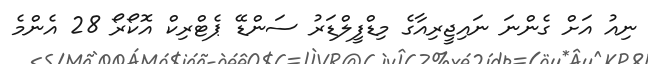
ނިއު އަށް ގެންނަ ނައިޖީރިއާގެ މިޑްފީލްޑަރު ސަންޑޭ ޕެޓްރިކް އޮކޯރޯ 28 އެންމެ